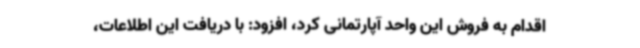
اقدام به فروش این واحد آپارتمانی کرد، افزود: با دریافت این اطلاعات،